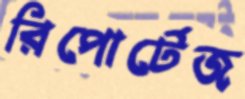
রিপোর্টেজ